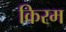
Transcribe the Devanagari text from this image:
किरम